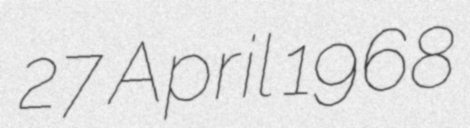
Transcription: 27 April 1968